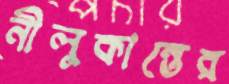
নীলুকান্তের